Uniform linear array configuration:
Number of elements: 16
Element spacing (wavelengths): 0.25
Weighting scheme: blackman
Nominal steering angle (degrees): -15
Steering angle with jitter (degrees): -16.965
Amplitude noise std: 0.05
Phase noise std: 0.05

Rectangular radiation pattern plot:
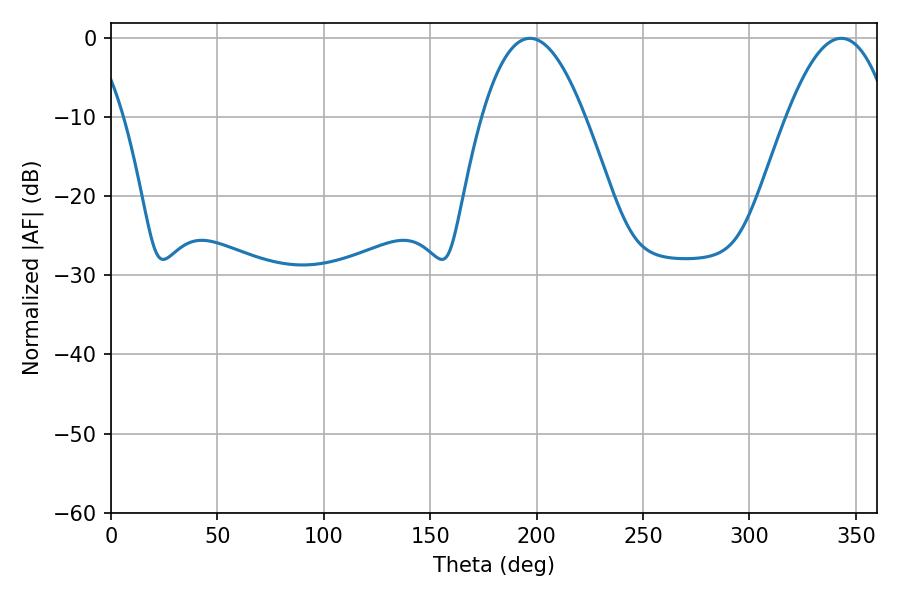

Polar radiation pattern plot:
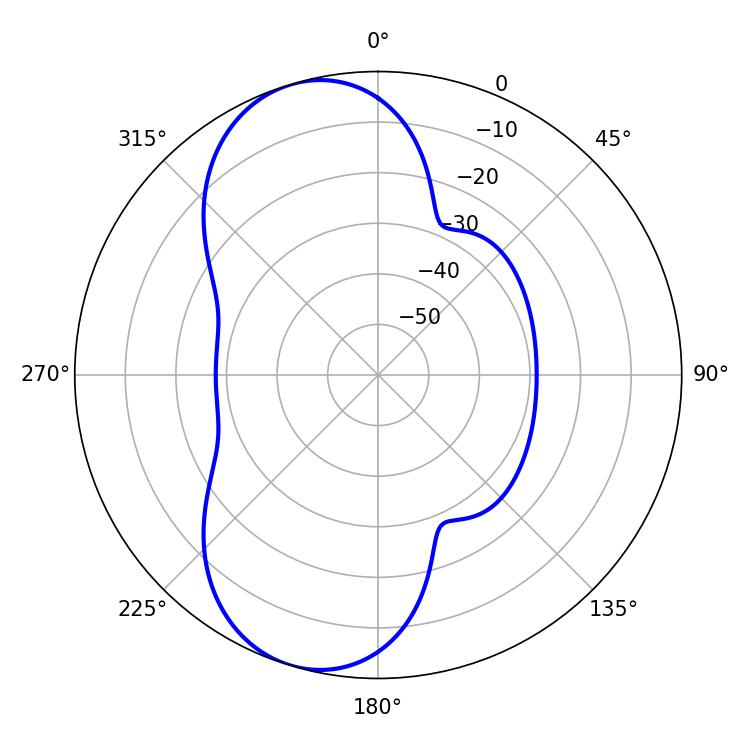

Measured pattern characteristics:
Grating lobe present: FALSE
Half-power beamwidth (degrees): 26.46
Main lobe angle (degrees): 196.92